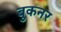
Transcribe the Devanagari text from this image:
बुकनर